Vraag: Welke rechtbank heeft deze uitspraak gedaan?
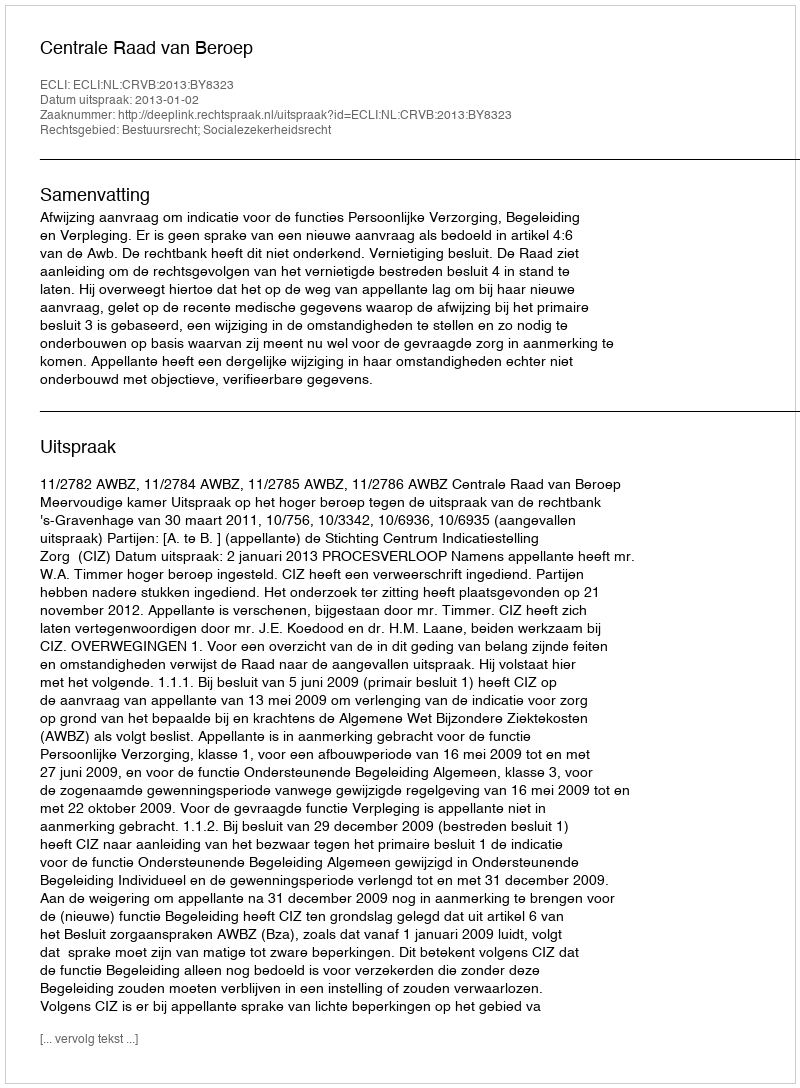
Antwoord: Centrale Raad van Beroep